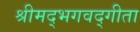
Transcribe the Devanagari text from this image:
श्रीमद्‍भगवद्‍गीता